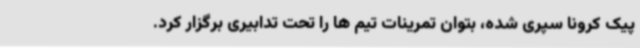
پیک کرونا سپری شده، بتوان تمرینات تیم ها را تحت تدابیری برگزار کرد.